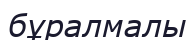
бұралмалы